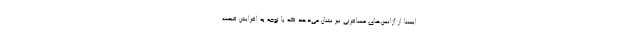
ایسنا از آژانس‌های مسافرتی نیز نشان می‌دهد که با توجه به افزایش قیمت